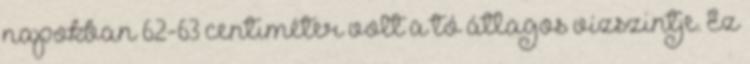
napokban 62-63 centiméter volt a tó átlagos vízszintje. Ez